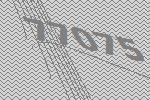
77075